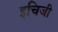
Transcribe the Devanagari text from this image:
इचिजी